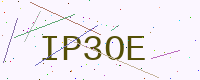
Text: IP3OE